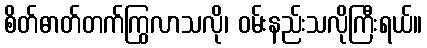
စိတ်ဓာတ်တက်ကြွလာသလို၊ ဝမ်းနည်းသလိုကြီးရယ်။